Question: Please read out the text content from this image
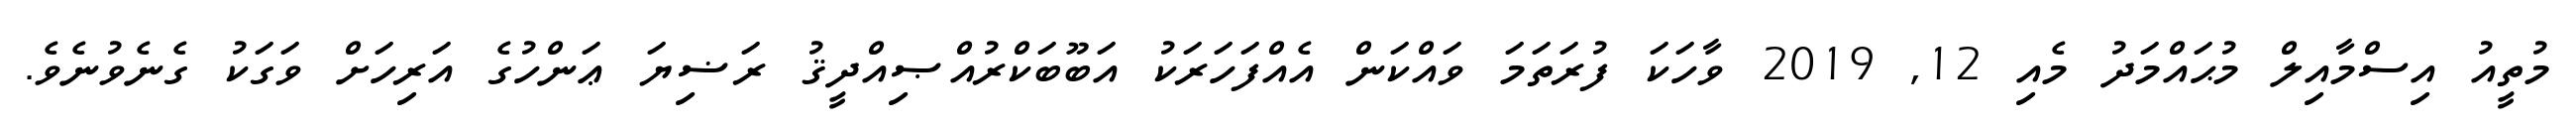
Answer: މުތީއު އިސްމާއިލް މުޙައްމަދު މެއި 12, 2019 ވާހަކަ ފުރަތަމަ ވައްކަން އެއްފަހަރަކު އަބޫބަކްރުއްޞިއްދީޤު ރަޟިޔަ ޢަންހުގެ އަރިހަށް ވަގަކު ގެނެވުނެވެ.